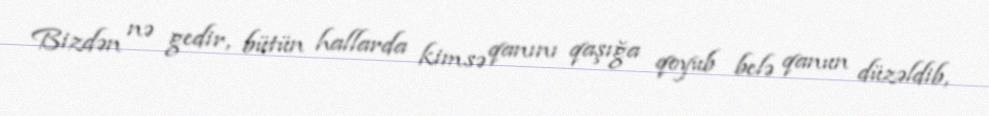
Bizdən nə gedir, bütün hallarda kimsə qanını qaşığa qoyub belə qanun düzəldib,